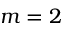
m = 2